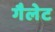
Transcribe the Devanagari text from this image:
गैलेट